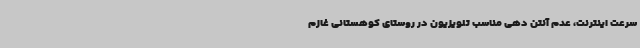
سرعت اینترنت، عدم آنتن دهی مناسب تلویزیون در روستای کوهستانی غازم